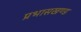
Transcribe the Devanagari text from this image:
प्रभासखण्ड